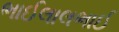
ભાઈલાલભાઈ